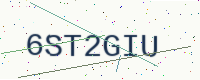
Text: 6ST2GIU